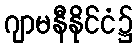
ဂျာမနီနိုင်ငံ၌